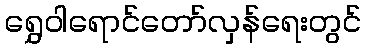
ရွှေဝါရောင်တော်လှန်ရေးတွင်